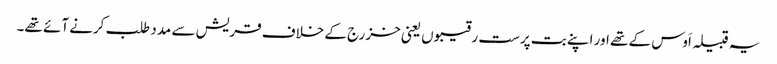
یہ قبیلہ اَوس کے تھے اور اپنے بت پرست رقیبوں یعنی خزرج کے خلاف قریش سے مدد طلب کرنے آئے تھے۔